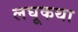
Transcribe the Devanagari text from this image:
लघूकथा